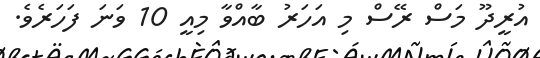
އުރީދޫ މަސް ރޭސް މި އަހަރު ބާއްވާ މިއީ 10 ވަނަ ފަހަރެވެ.